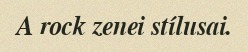
A rock zenei stílusai.